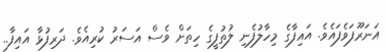
އަނަރޫފަވެފައެވެ. އައިފާގެ މިހާލުފެނި ލުތުފީގެ ހިތަށް ވެސް އަސަރު ކުރިއެވެ. ދަރިފުޅާ އައިފާ..